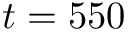
t = 5 5 0